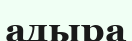
адыра